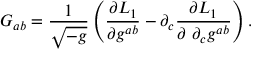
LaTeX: G _ { a b } = \frac { 1 } { \sqrt { - g } } \left( \frac { \partial { \cal L } _ { 1 } } { \partial g ^ { a b } } - \partial _ { c } \frac { \partial { \cal L } _ { 1 } } { \partial ~ \partial _ { c } g ^ { a b } } \right) .